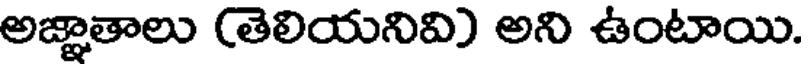
అజ్ఞాతాలు (తెలియనివి) అని ఉంటాయి.